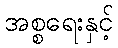
အစ္စရေးနှင့်